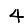
Digit: 4